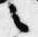
之